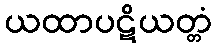
ယထာပဋိယတ္တံ